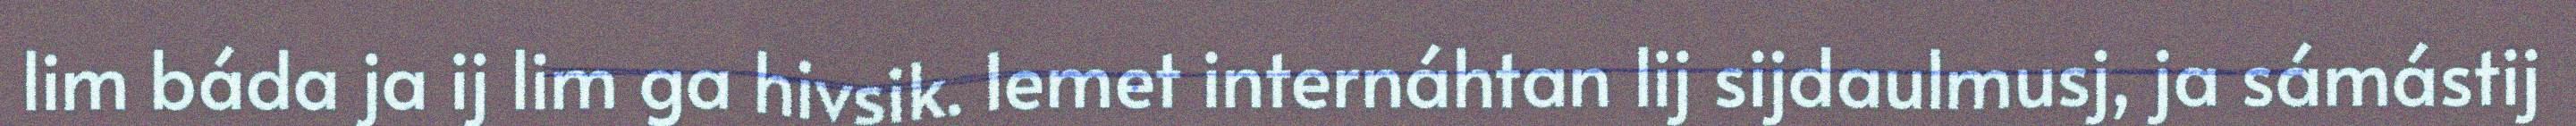
lim báda ja ij lim ga hivsik. Iemet internáhtan lij sijdaulmusj, ja sámástij